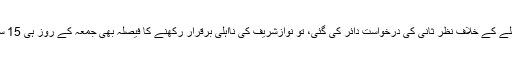
پھر سپریم کورٹ کے فیصلے کے خلاف نظر ثانی کی درخواست دائر کی گئی، تو نوازشریف کی نااہلی برقرار رکھنے کا فیصلہ بھی جمعہ کے روز ہی 15 ستمبر 2017 کو سنایا گیا ۔